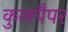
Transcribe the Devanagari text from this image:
कुलपैपर